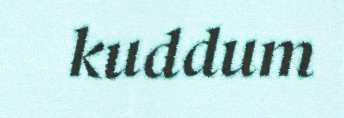
kuddum